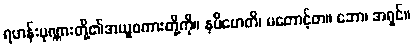
ရဟန်းပုဏ္ဏားတို့၏အယူစကားတို့ကို။ နပိဟေတိ၊ မတောင့်တ။ ဘော၊ အရှင်။